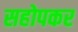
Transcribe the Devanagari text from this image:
सहोपकर